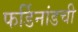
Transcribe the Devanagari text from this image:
फर्डिनांडची